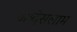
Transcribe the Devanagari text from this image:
अब्देसलाम